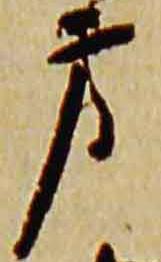
方